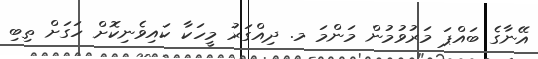
އޭނާގެ ބައްޕަ މަރުވުމުން މަންމަ މ. ދިއްގަރު މީހަކާ ކައިވެނިކޮށް ހަގަށް ތިބި